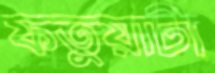
ফতুয়াটা